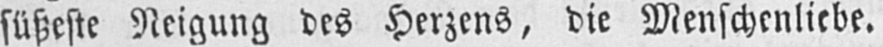
süßeste Neigung des Herzens, die Menschenliebe.